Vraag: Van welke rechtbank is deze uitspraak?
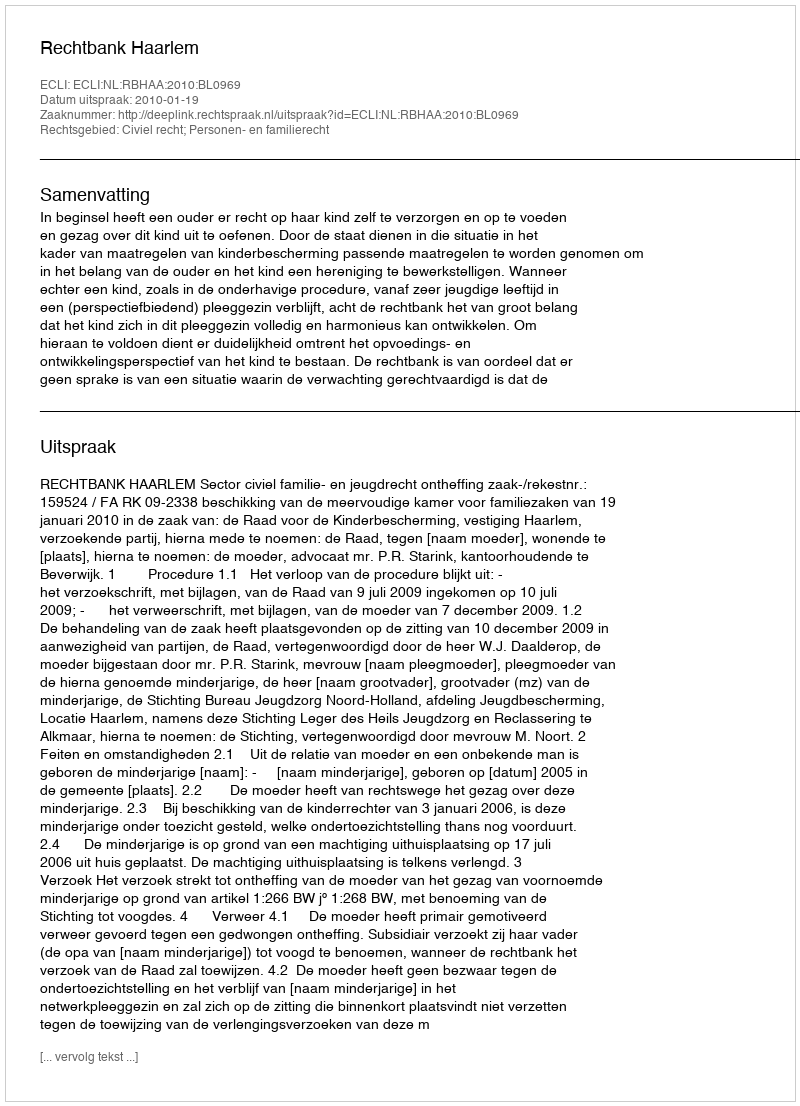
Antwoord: Rechtbank Haarlem